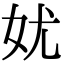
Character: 㚭